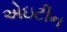
એઇટીન